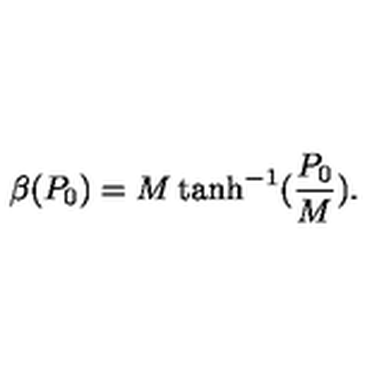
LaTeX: \beta ( P _ { 0 } ) = M \tanh ^ { - 1 } ( \frac { P _ { 0 } } { M } ) .